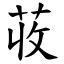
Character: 荍